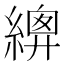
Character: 𦃍